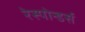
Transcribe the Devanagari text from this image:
रेस्पोन्डर्स